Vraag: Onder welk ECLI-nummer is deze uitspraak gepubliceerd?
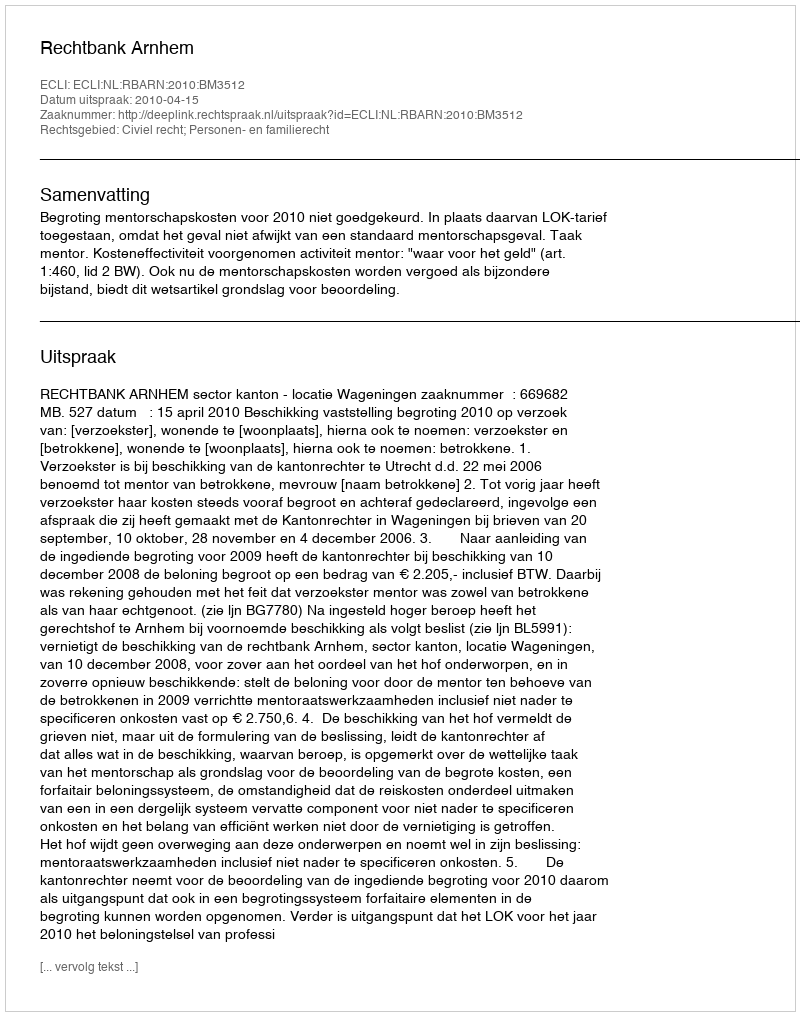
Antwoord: ECLI:NL:RBARN:2010:BM3512